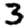
Digit: 3